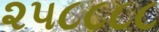
૨૫૮૮૮૮